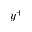
y ^ { + }